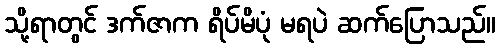
သို့ရာတွင် ဒက်ဇာက ရိပ်မိပုံ မရပဲ ဆက်ပြောသည်။